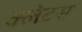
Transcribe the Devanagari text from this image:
क्लेटस